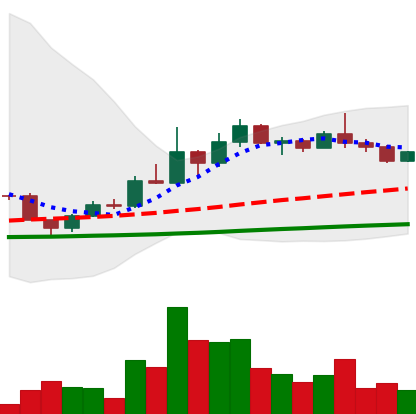
Ticker: DOGE-USD
Chart end date: 2022-12-08
Forward return: -7.713%
Label: down_7plus